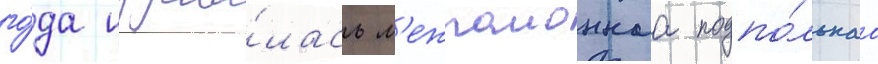
го́да издава́лась м'ежраионнаа подпо́льнаа